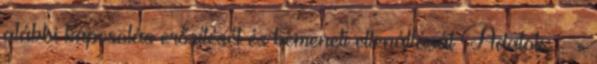
alábbi kapcsolás erősítését és bemeneti ellenállását Adatok:  =